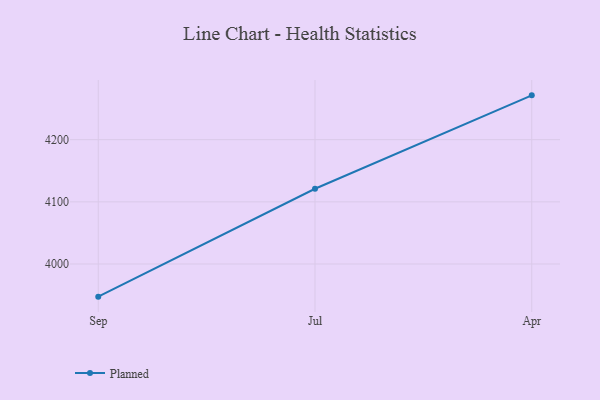
{"axis": {"x": "Month", "y": "Inventory Turnover"}, "legend": ["Planned"], "data": [{"x": "Sep", "y": 3947.5, "type": "Planned"}, {"x": "Jul", "y": 4121.1, "type": "Planned"}, {"x": "Apr", "y": 4271.3, "type": "Planned"}]}